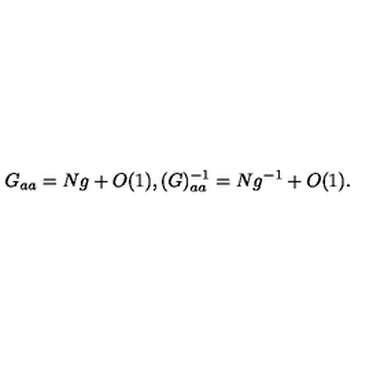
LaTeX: G _ { a a } = N g + O ( 1 ) , ( G ) _ { a a } ^ { - 1 } = N g ^ { - 1 } + O ( 1 ) .